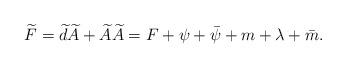
LaTeX: \begin{align*}\widetilde{F}= \widetilde{d} \widetilde{A} + \widetilde{A} \widetilde{A} = F + \psi + \bar{\psi} + m + \lambda + \bar{m} .\end{align*}